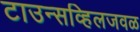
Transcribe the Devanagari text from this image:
टाउन्सव्हिलजवळ